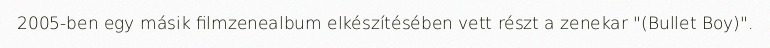
2005-ben egy másik filmzenealbum elkészítésében vett részt a zenekar "(Bullet Boy)".